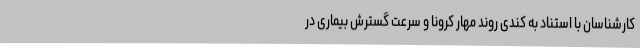
کارشناسان با استناد به کندی روند مهار کرونا و سرعت گسترش بیماری در